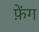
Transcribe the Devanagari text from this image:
फ़ेंग